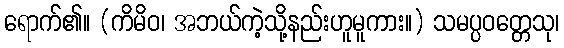
ရောက်၏။ (ကိမိဝ၊ အဘယ်ကဲ့သို့နည်းဟူမူကား။) သမပ္ပဝတ္တေသု၊